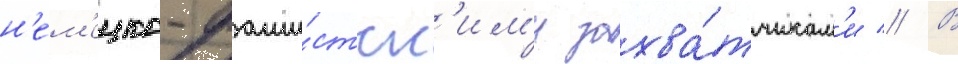
н'ем'ецко-фаши́стск'им'и захва́тчикам'и // В